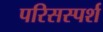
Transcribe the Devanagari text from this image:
परिसस्पर्श